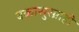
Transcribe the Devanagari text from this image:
बकासुरग्राही